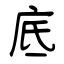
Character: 底